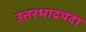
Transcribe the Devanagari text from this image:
उत्तरभाद्रपदा